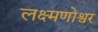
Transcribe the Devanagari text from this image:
लक्ष्मणोश्वर